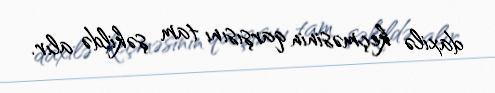
daxilə keçməsinin qarşısını tam şəkildə alır.